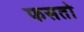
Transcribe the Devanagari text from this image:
फसतो